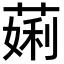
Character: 𬝲